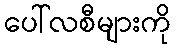
ပေါ်လစီများကို